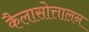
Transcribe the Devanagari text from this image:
कैलासोत्तालन